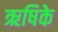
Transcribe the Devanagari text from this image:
ऋषिके